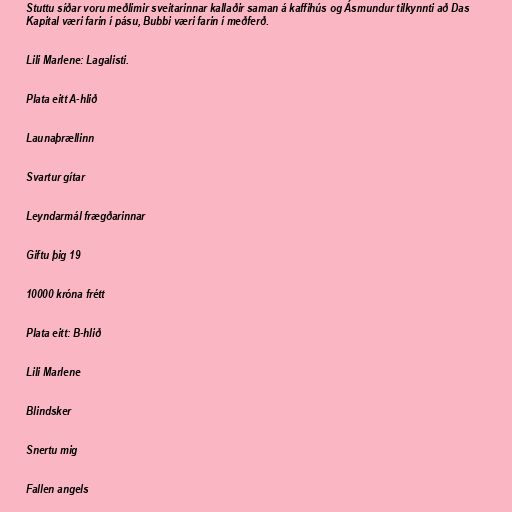
Stuttu síðar voru meðlimir sveitarinnar kallaðir saman á kaffihús og Ásmundur tilkynnti að Das
Kapital væri farin í pásu, Bubbi væri farin í meðferð.

Lili Marlene: Lagalisti.

Plata eitt A-hlið

Launaþrællinn

Svartur gítar

Leyndarmál frægðarinnar

Giftu þig 19

10000 króna frétt

Plata eitt: B-hlið

Lili Marlene

Blindsker

Snertu mig

Fallen angels